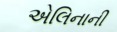
એલિનાની